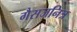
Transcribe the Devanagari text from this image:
गैसजनित्र